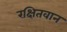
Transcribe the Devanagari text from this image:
रक्षितवान